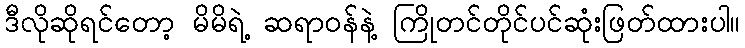
ဒီလိုဆိုရင်တော့ မိမိရဲ့ ဆရာဝန်နဲ့ ကြိုတင်တိုင်ပင်ဆုံးဖြတ်ထားပါ။